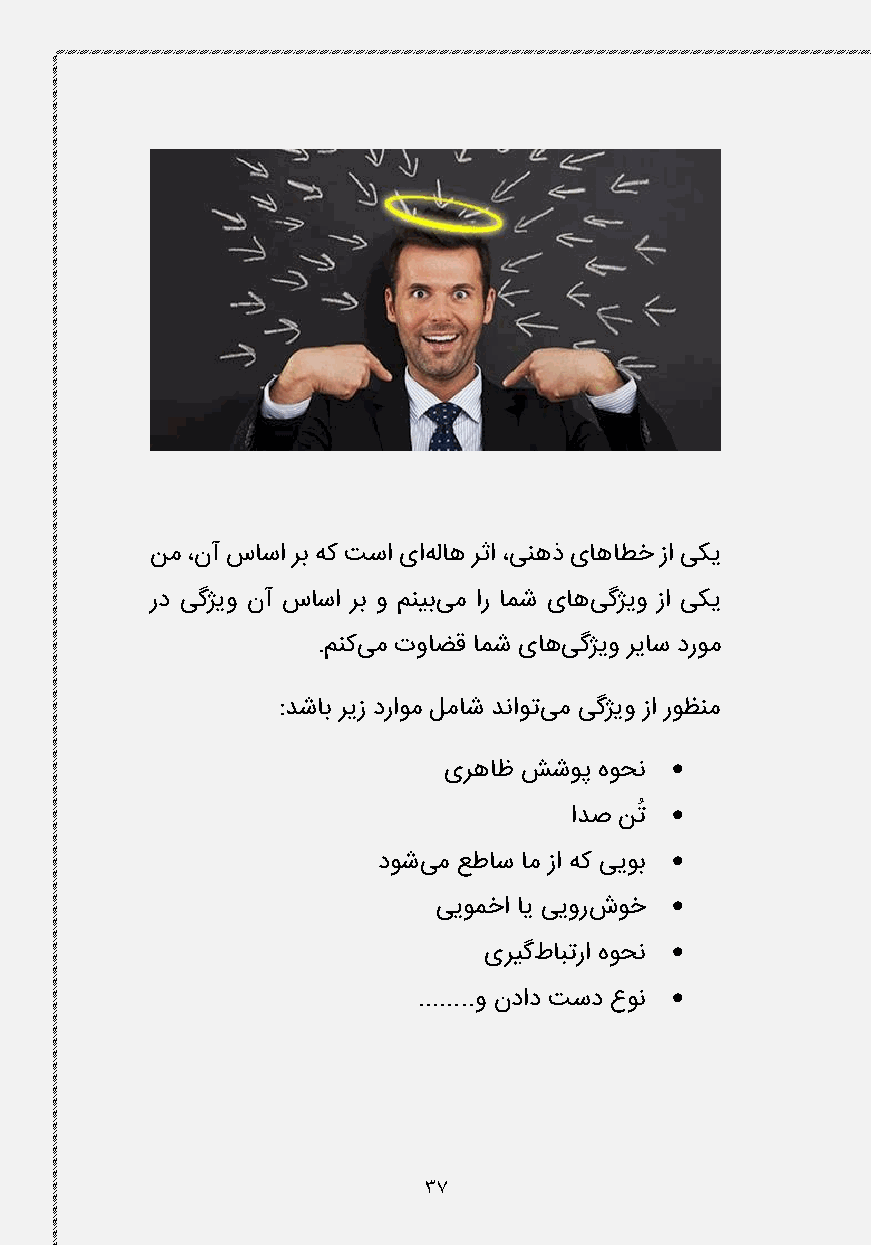
نم ،نآ ساسا رب هک تسا یاهلاه رثا ،ینهذ یاهاطخ زا یکی
 رد یگژیو نآ ساسا رب و منیبیم ار امش یاهیگژیو زا یکی
 .منکیم تواضق امش یاهیگژیو ریاس دروم
 :دشاب ریز دراوم لماش دناوتیم یگژیو زا روظنم
 
 یرهاظ ششوپ هوحن
 ادص نتُ 
 
 دوشیم عطاس ام زا هک ییوب
 
 ییومخا ای ییورشوخ
 
 یریگطابترا هوحن
 
 ........و نداد تسد عون
 37